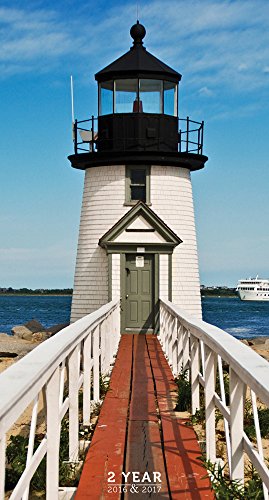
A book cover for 2016-2017 Lighthouses 2 Year Pocket Calendar; TF Publishing; Calendars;